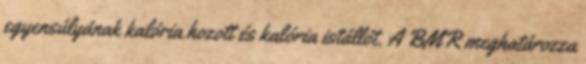
egyensúlyának kalória hozott és kalória istállót. A BMR meghatározza